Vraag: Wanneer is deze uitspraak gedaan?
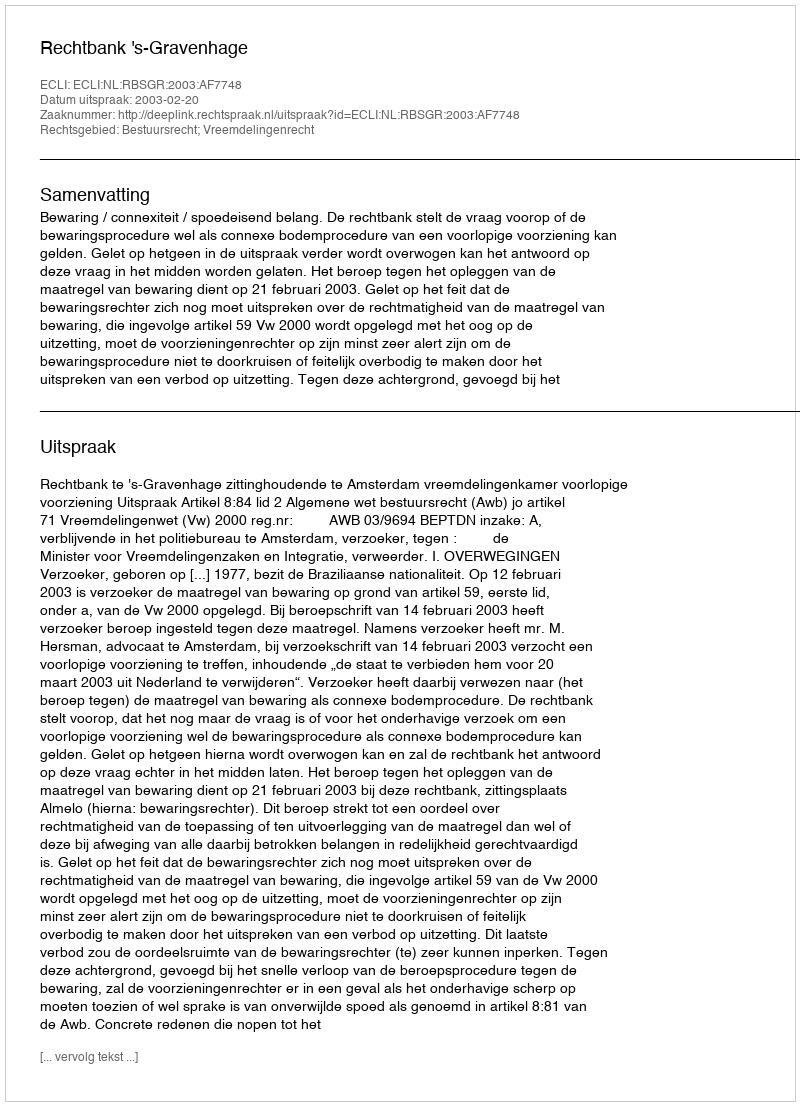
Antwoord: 2003-02-20